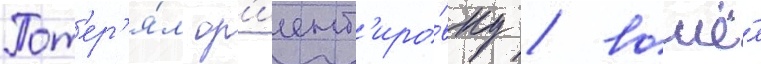
Пот'ер'я́л ор'иент'иро́вку / вошё́л